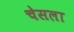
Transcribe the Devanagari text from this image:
चेसला